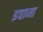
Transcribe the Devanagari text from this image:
इपाजा